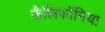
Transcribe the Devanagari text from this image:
कैलिफॉनिया